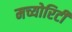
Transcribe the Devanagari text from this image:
मच्योरिटी